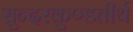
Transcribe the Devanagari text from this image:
सुन्दरकुण्डतीर्थ